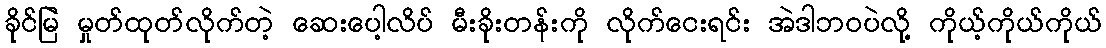
ခိုင်မြဲ မှုတ်ထုတ်လိုက်တဲ့ ဆေးပေါ့လိပ် မီးခိုးတန်းကို လိုက်ငေးရင်း အဲဒါဘဝပဲလို့ ကိုယ့်ကိုယ်ကိုယ်